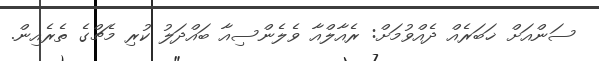
ސަންއަށް ޚަބަރެއް ދެއްވުމަށް: ރެއާލްއާ ވެލެންސިއާ ބައްދަލު ކުރި މެޗްގެ ތެރެއިން.